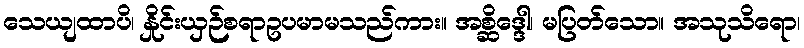
သေယျထာပိ၊ နှိုင်းယှဉ်စရာဥပမာမသည်ကား။ အစ္ဆိဒ္ဒေါ၊ မပြတ်သော။ အသုသိရော၊